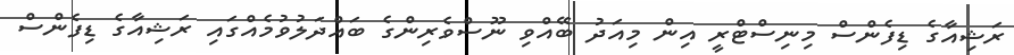
ރަޝިއާގެ ޑިފެންސް މިނިސްޓްރީ އިން މިއަދު ބޭއްވި ނޫސްވެރިންގެ ބައްދަލުވުމެއްގައި ރަޝިއާގެ ޑިފެންސް